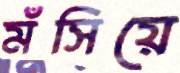
মঁসিয়ে